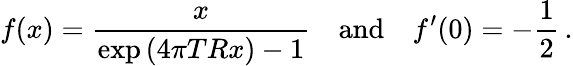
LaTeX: f(x)=\frac{x}{\exp{(4\pi TRx)}-1}\quad\mathrm{and}\quad f^{\prime}(0)=-\frac{1}{2}\, {.}